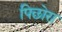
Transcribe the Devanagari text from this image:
पिछोरा